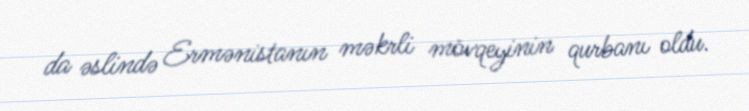
da əslində Ermənistanın məkrli mövqeyinin qurbanı oldu.